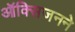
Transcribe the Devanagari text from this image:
ऑक्सिजनने